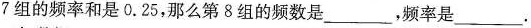
7组的频率和是0.25，那么第8组的频数是___，频率是___。